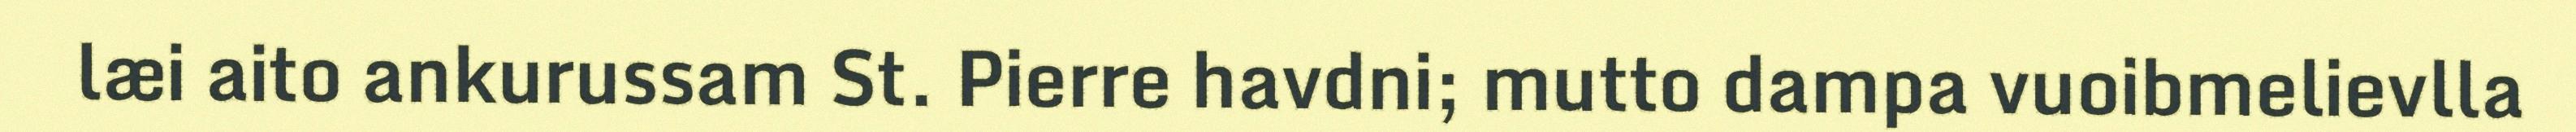
læi aito ankurussam St. Pierre havdni; mutto dampa vuoibmelievlla